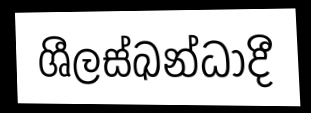
ශීලස්ඛන්ධාදී